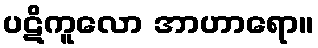
ပဋိကူလော အာဟာရော။